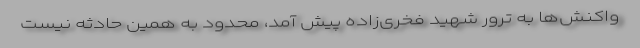
واکنش‌ها به ترور شهید فخری‌زاده پیش آمد، محدود به همین حادثه نیست